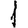
Digit: 1